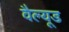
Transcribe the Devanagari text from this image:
वैल्यूड